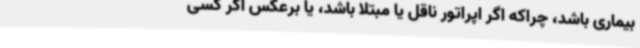
بیماری باشد، چراکه اگر اپراتور ناقل یا مبتلا باشد، یا برعکس اگر کسی